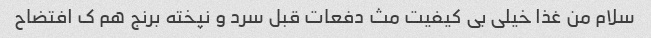
سلام من غذا خیلی بی کیفیت مث دفعات قبل سرد و نپخته برنج هم ک افتضاح